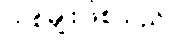
တစ်မျိုးဖြစ်သည်